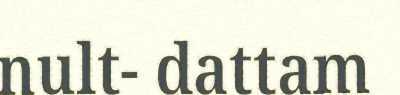
nult- dattam